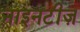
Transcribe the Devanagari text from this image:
नाइनटीज़